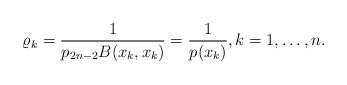
LaTeX: \begin{align*}{\varrho_k}=\frac{1}{p_{2n-2}B(x_k,x_k)} = \frac{1}{p(x_k)},k=1,\dots, n.\end{align*}